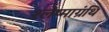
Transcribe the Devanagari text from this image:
श्लेष्माग्रंथि